Vaccination in the Punjab 1919-1929 - 1919-1929
Year: 1919
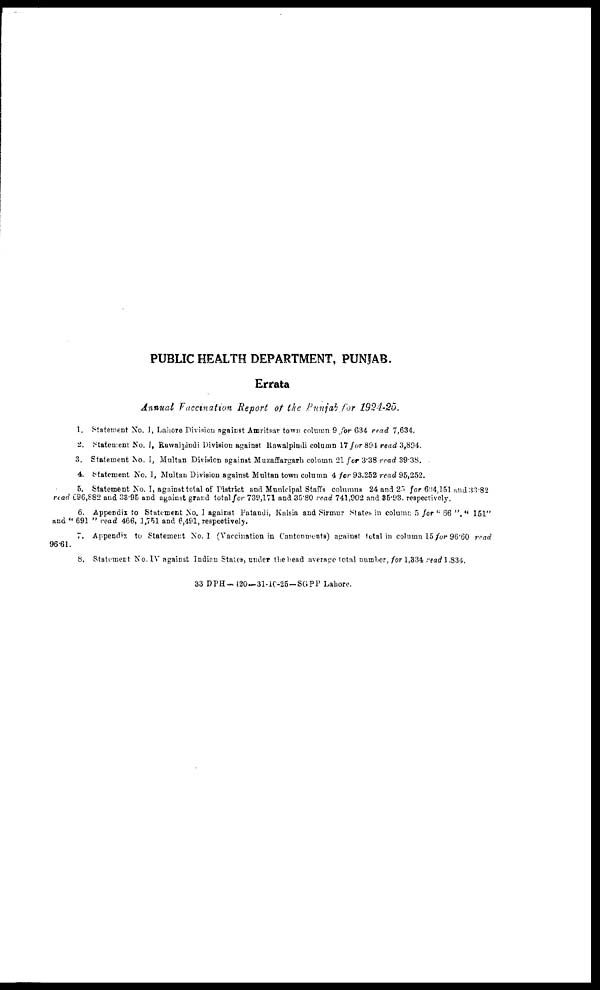
PUBLIC HEALTH DEPARTMENT, PUNJAB.
Errata
Annual Vaccination Report of the Punjab for 1924-25.
1. Statement No. I, Lahore Division against Amritsar town column 9 for 634 read 7,634.
2. Statement No. I, Rawalpindi Division against Rawalpindi column 17 for 894 read 3,894.
3. Statement No. I, Multan Division against Muzaffargarh column 21 ƒor 3.38 read 39.38.
4. Statement No. I, Multan Division against Multan town column 4 for 93.252 read 95,252.
5. Statement No. I, against total of District and Municipal Staffs columns 24 and 25 for 604,151 and 33.82
read 696,882 and 83.95 and against grand total for 739,171 and 35.80 read 741.902 and 35.93. respectively.
6. Appendix to Statement No. I against Patandi, Kulsia and Sirmur States- in column 5 for " 66 ", " 151"
and " 691 " read 466, 1,751 and 6,491, respectively.
7. Appendix to Statement No. I (Vaccination in Cantonments) against total in column 15 for 96.60 read
96 61.
8. Statement No. IV against Indian States, under the head average total number, for 1,334 read 1.834.
33 DPH— 120—31-10-25—SGPP Lahore.